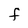
Character: F